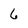
Character: 6